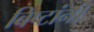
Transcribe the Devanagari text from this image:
बिष्टांनी